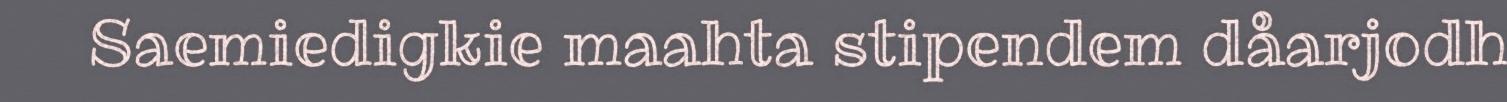
Saemiedigkie maahta stipendem dåarjodh